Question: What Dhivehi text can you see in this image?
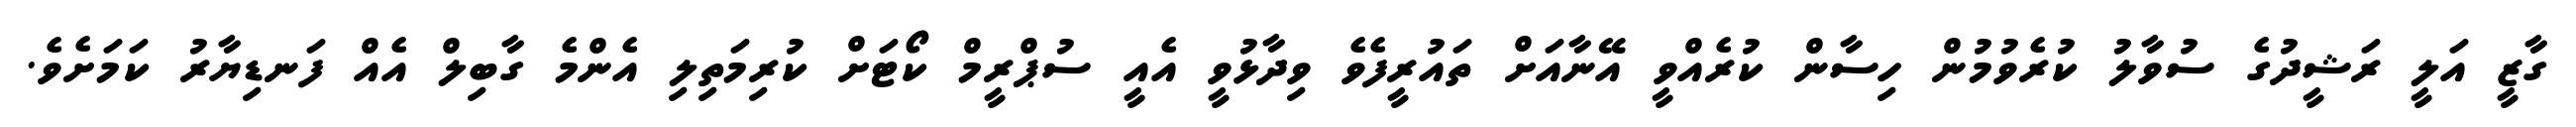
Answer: ގާޒީ އަލީ ރަޝީދުގެ ސުވާލު ކުރެވުމުން ހިސާން ކުރެއްވީ އޭނާއަށް ތައުރީފެވެ ވިދާޅުވީ އެއީ ސުޕްރީމް ކޯޓަށް ކުރިމަތިލި އެންމެ ގާބިލް އެއް ފަނޑިޔާރު ކަމަށެވެ.